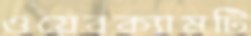
ওয়েবক্যামটি